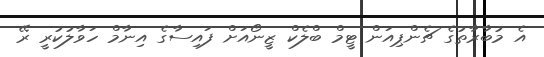
އެ މުބާރާތުގެ ޗެންޕިއަން ޓީމް ބްލެކް ޒީނޯއަށް ފައިސާގެ އިނާމް ހަވާލުކުރީ ރޭ